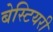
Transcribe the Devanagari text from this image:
बेस्टियरी